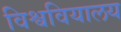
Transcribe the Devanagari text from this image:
विश्ववियालय